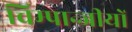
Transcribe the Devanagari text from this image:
चिम्पान्जीयों